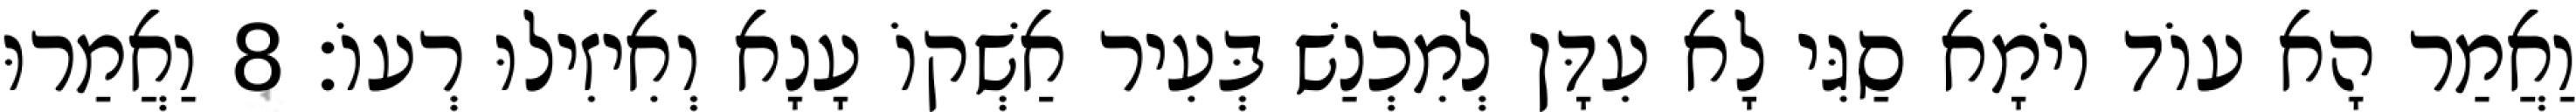
וַאֲמַר הָא עוֹד יוֹמָא סַגִּי לָא עִדָּן לְמִכְנַשׁ בְּעִיר אַשְׁקוֹ עָנָא וְאִיזִילוּ רְעוֹ׃ 8 וַאֲמַרוּ